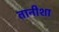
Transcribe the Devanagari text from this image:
तानीशा